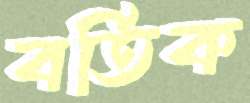
বর্তিক